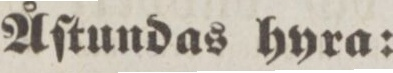
Åſtundas hyra: